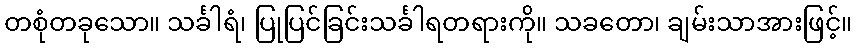
တစုံတခုသော။ သင်္ခါရံ၊ ပြုပြင်ခြင်းသင်္ခါရတရားကို။ သခတော၊ ချမ်းသာအားဖြင့်။